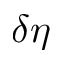
\delta \eta